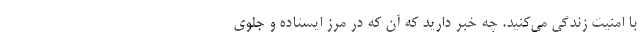
با امنیت زندگی می‌کنید. چه خبر دارید که آن ‌که در مرز ایستاده و جلوی